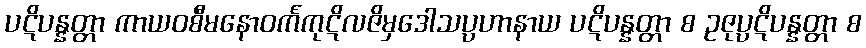
ပဋိပန္နတ္တာ ကာယဝစီမနောဝင်္ကကုဋိလဇိမှဒေါသပ္ပဟာနာယ ပဋိပန္နတ္တာ စ ဥဇုပ္ပဋိပန္နတ္တာ စ